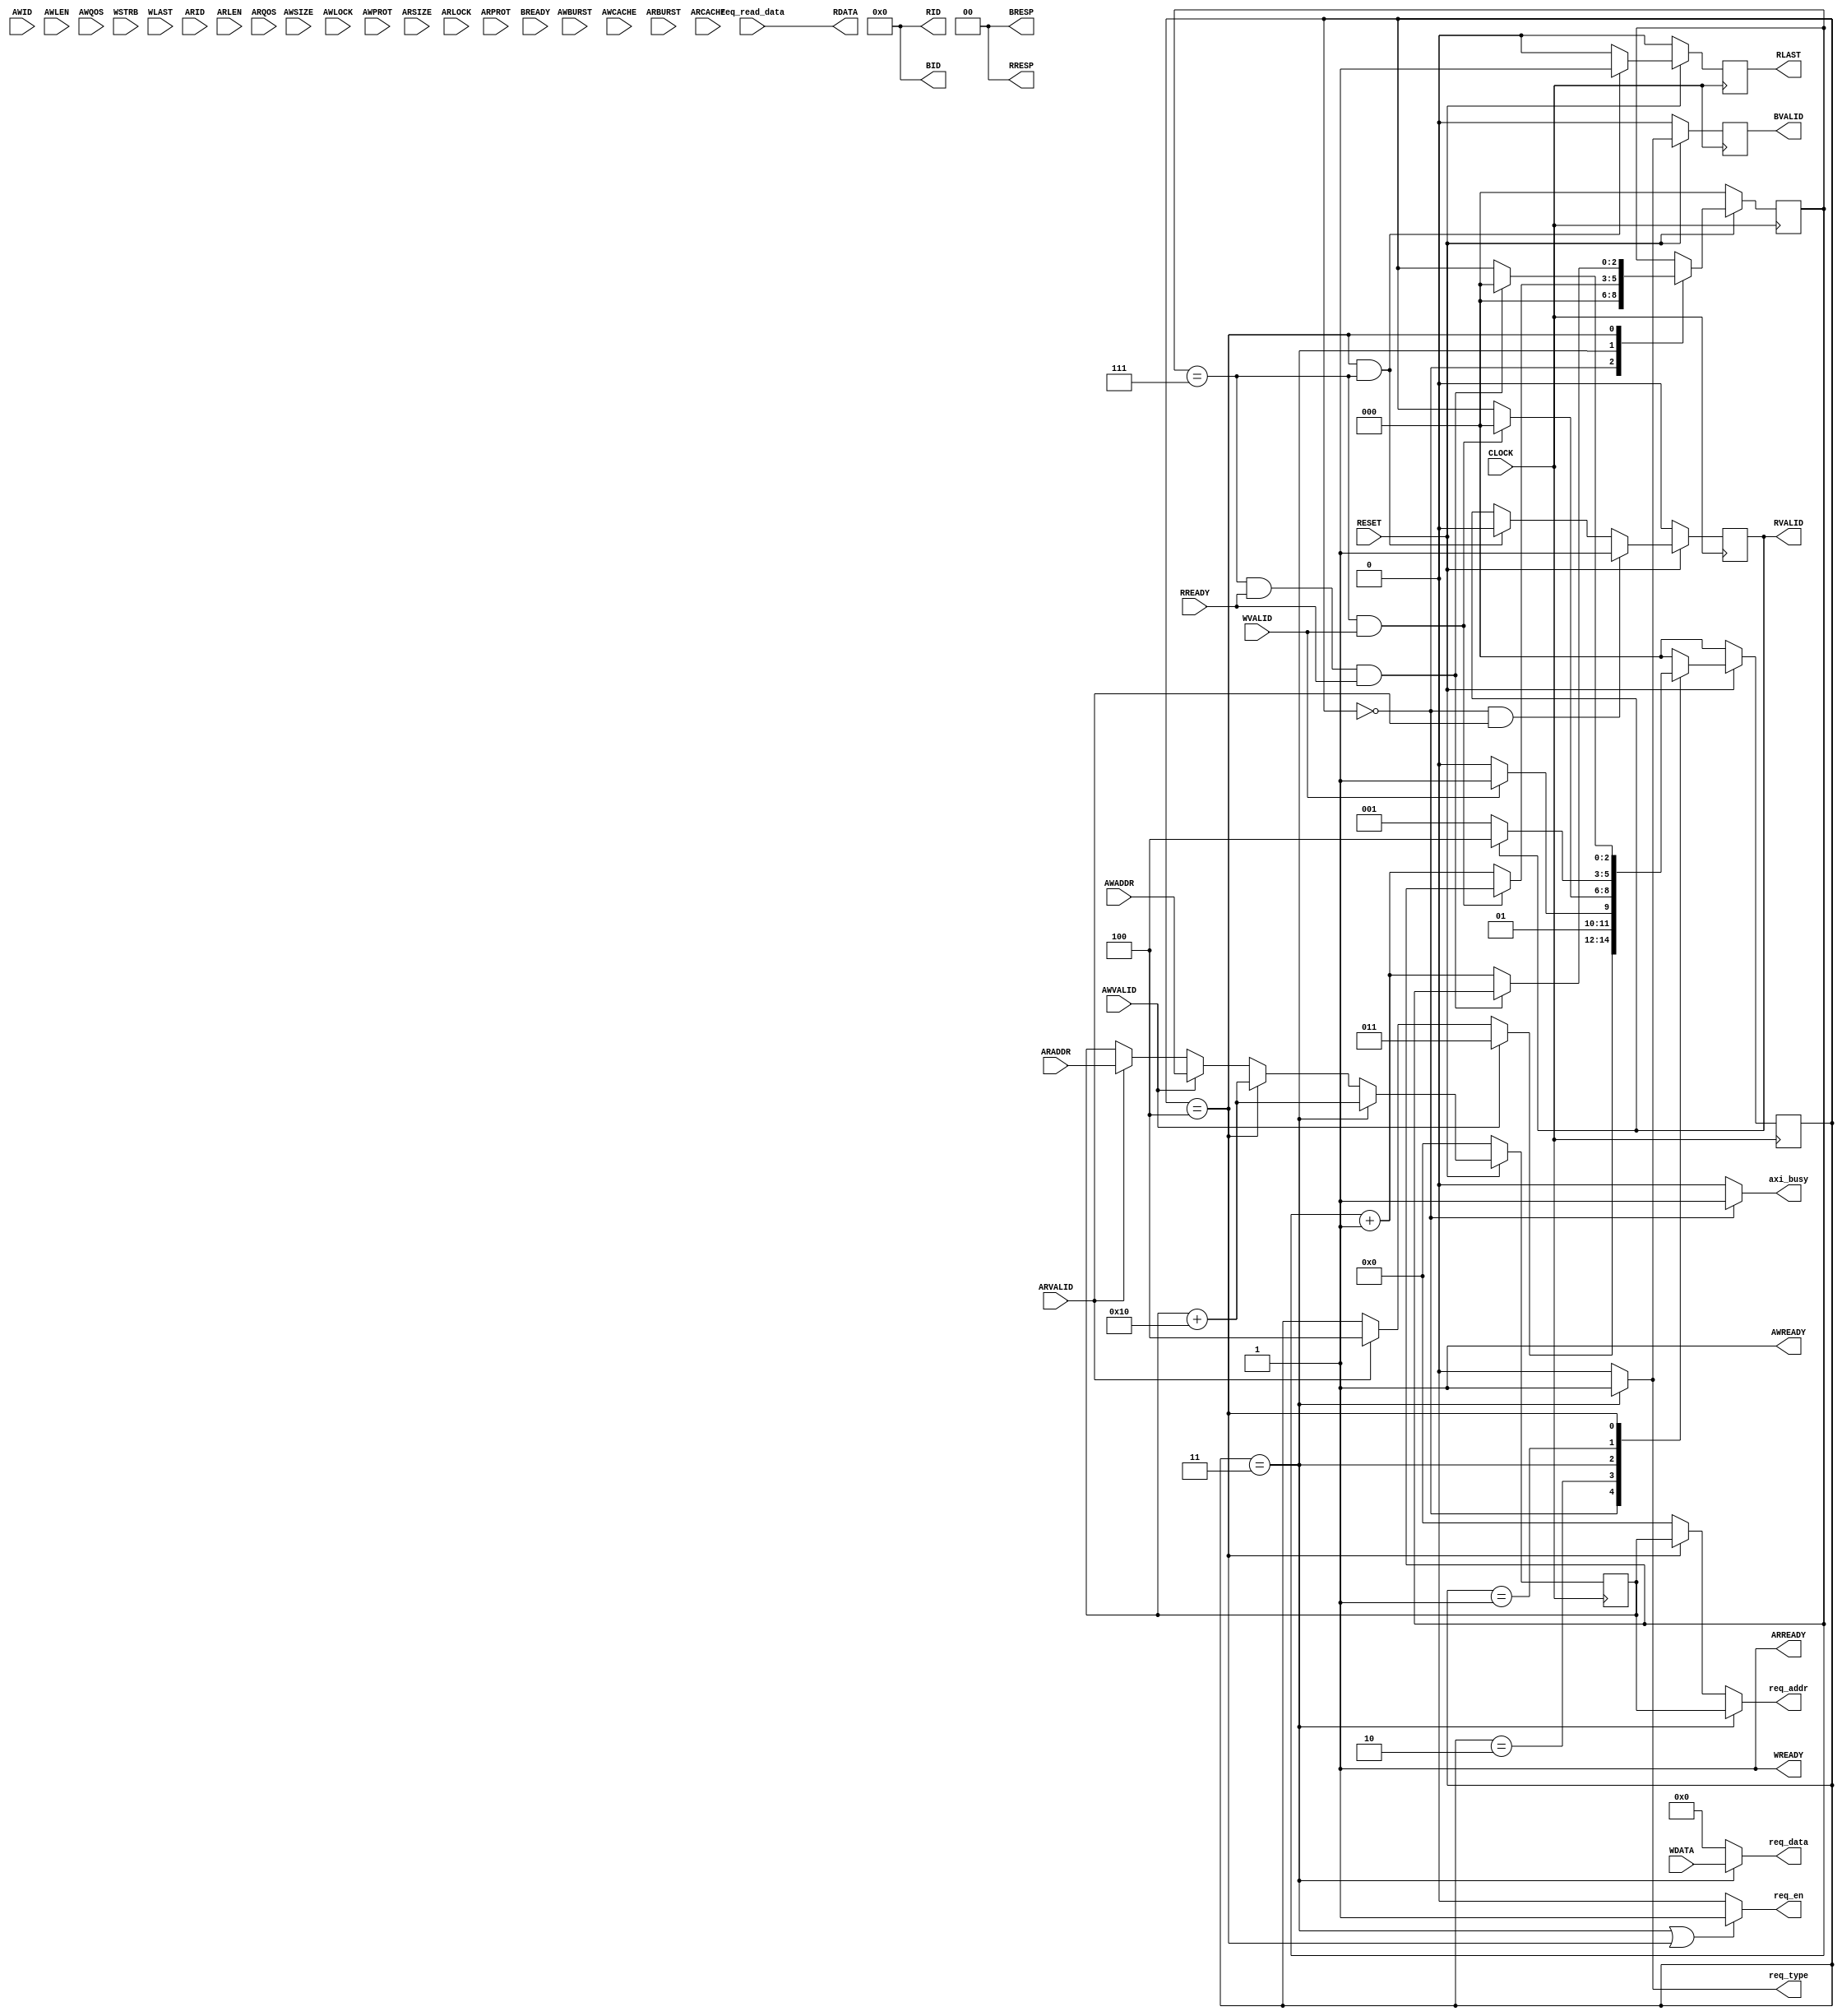
module axi4_slave #
(
    
    parameter integer P_ADDR_WIDTH   = 16,                                      //Width of Address Bus
    parameter integer P_DATA_WIDTH   = 128                                      //Width of Data Bus
)
(
    output  reg [P_ADDR_WIDTH - 1:0] req_addr,
    output  reg [P_DATA_WIDTH - 1:0] req_data,
    output  reg req_en,
    output  reg     req_type,
    output axi_busy,
    input   [P_DATA_WIDTH - 1:0]     req_read_data,

    input  wire CLOCK,                                                          //Global Clock Signal.
    input  wire RESET,                                                          //Global Reset Signal. This Signal is Active Low

    input wire [6 - 1:0] AWID,                                        //Master Interface Write Address ID
    input wire [P_ADDR_WIDTH - 1:0] AWADDR,                                    //Master Interface Write Address
    input wire [7:0] AWLEN,                                                    //Burst length. The burst length gives the exact number of transfers in a burst
    input wire [2:0] AWSIZE,                                                   //Burst size. This signal indicates the size of each transfer in the burst
    input wire [1:0] AWBURST,                                                  //Burst type. The burst type and the size information, determine how the address for each transfer within the burst is calculated.
    input wire AWLOCK,                                                         //Lock type. Provides additional information about the atomic characteristics of the transfer.
    input wire [3:0] AWCACHE,                                                  //Memory type. This signal indicates how transactions are required to progress through a system.
    input wire [2:0] AWPROT,                                                   //Protection type. This signal indicates the privilege and security level of the transaction, and whether  the transaction is a data access or an instruction access.
    input wire [3:0] AWQOS,                                                    //Quality of Service, QoS identifier sent for each write transaction.
    input wire AWVALID,                                                        //Write address valid. This signal indicates that the channel is signaling valid write address and control information.
    output  wire AWREADY,                                                        //Write address ready. This signal indicates that the slave is ready to accept an address and associated control signals
    input wire [P_DATA_WIDTH-1 : 0] WDATA,                                     //Master Interface Write Data.
    input wire [P_DATA_WIDTH/8-1 : 0] WSTRB,                                   //Write strobes. This signal indicates which byte lanes hold valid data. There is one write strobe bit for each eight bits of the write data bus.
    input wire WLAST,                                                          //Write last. This signal indicates the last transfer in a write burst.
    input wire WVALID,                                                         //Write valid. This signal indicates that valid write data and strobes are available
    output  wire WREADY,                                                         //Write ready. This signal indicates that the slave can accept the write data.

    input wire [6-1 : 0] ARID,                                        //Master Interface Read Address.
    input wire [P_ADDR_WIDTH-1 : 0] ARADDR,                                    //Read address. This signal indicates the initial address of a read burst transaction.
    input wire [7 : 0] ARLEN,                                                  //Burst length. The burst length gives the exact number of transfers in a burst
    input wire [2 : 0] ARSIZE,                                                 //Burst size. This signal indicates the size of each transfer in the burst
    input wire [1 : 0] ARBURST,                                                //Burst type. The burst type and the size information, determine how the address for each transfer within the burst is calculated.
    input wire ARLOCK,                                                         //Lock type. Provides additional information about the atomic characteristics of the transfer.
    input wire [3 : 0] ARCACHE,                                                //Memory type. This signal indicates how transactions are required to progress through a system.
    input wire [2 : 0] ARPROT,                                                 //Protection type. This signal indicates the privilege and security level of the transaction, and whether the transaction is a data access or an instruction access.
    input wire [3 : 0] ARQOS,                                                  //Quality of Service, QoS identifier sent for each read transaction
    input wire ARVALID,                                                        //Write address valid. This signal indicates that the channel is signaling valid read address and control information
    output  wire ARREADY,                                                        //Read address ready. This signal indicates that the slave is ready to accept an address and associated control signals
    output  wire [6-1 : 0] RID,                                         //Read ID tag. This signal is the identification tag for the read data group of signals generated by the slave.
    output  wire [P_DATA_WIDTH-1 : 0] RDATA,                                     //Master Read Data
    output  wire [1 : 0] RRESP,                                                  //Read response. This signal indicates the status of the read transfer
    output  wire RLAST,                                                          //Read last. This signal indicates the last transfer in a read burst
    output  wire RVALID,                                                         //Read valid. This signal indicates that the channel is signaling the required read data.
    input wire RREADY,                                                         //Read ready. This signal indicates that the master can accept the read data and response information.

    input wire BREADY,                                                         //Response ready. This signal indicates that the master can accept a write response.
    output  wire BVALID,                                                         //Write response valid. This signal indicates that the channel is signaling a valid write response.
    output  wire [1 : 0] BRESP,                                                  //Write response. This signal indicates the status of the write transaction.
    output  wire [6-1 : 0] BID                                          //Master Interface Write Response.
);

localparam integer C_MASTER_LENGTH = 12;

reg [2:0] slave_state;
localparam [2:0] IDLE = 0;
localparam [2:0] RDREQ_STATE  = 1;
localparam [2:0] WRREQ_STATE  = 2;
localparam [2:0] WRDATA_STATE = 3;
localparam [2:0] RDATA_STATE = 4;

reg [P_ADDR_WIDTH - 1:0] q_req_addr;

//AXI4 internal tmp signals
reg [6 - 1:0]   s_rid = 0;
wire [P_DATA_WIDTH - 1:0] s_rdata;
reg s_rlast;
reg s_rvalid;

reg s_bvalid;                                                         //Write response valid. This signal indicates that the channel is signaling a valid write response.
                                           //Master Interface Write Response.
reg [31:0] m_writer_counter = 0;
reg [2:0] count;
reg q_wrreq_valid;


wire s_awready;
wire s_arready;
wire s_wready;

assign AWREADY = s_awready;
assign WREADY = s_wready;
assign ARREADY = s_arready;

assign RID = 0;                                         //Read ID tag. This signal is the identification tag for the read data group of signals generated by the slave.
assign RDATA = s_rdata;                                     //Master Read Data
assign RRESP = 0;                                                  //Read response. This signal indicates the status of the read transfer
assign RLAST = s_rlast;                                                          //Read last. This signal indicates the last transfer in a read burst
assign RVALID = s_rvalid;                                                        //Read ready. This signal indicates that the master can accept the read data and response information.

assign BID = 0;
assign BRESP = 0;
assign BVALID = s_bvalid;

//Read and Read Response (R)
//assign RREADY = m_rready;

//Write Address Channel
//Write Data Generator.Data pattern is only a simple incrementing count from 0 for each burst.
//always @(posedge CLOCK) begin
//    if (RESET == 0) begin
//        s_rdata <= 0;
//    end else if (((slave_state == IDLE) & (ARVALID))|(slave_state == RDATA_STATE)) begin
//        s_rdata <= req_read_data;
//    end else  begin
//        s_rdata <= 0;
//    end
//end

assign s_rdata = req_read_data;
assign s_awready = 1'b1;
assign s_arready = 1'b1;
assign s_wready = 1'b1;

//Write Response (B) Channel

//Need this to silent VIP warning
always @(posedge CLOCK) begin
    if (RESET == 0) begin
        s_bvalid <= 0;
    end
    else if((slave_state == WRDATA_STATE))begin
        s_bvalid <= 1'b1;
    end
    else begin
        s_bvalid <= 0;
    end
end

always @(posedge CLOCK)begin
  if(!RESET)begin
    s_rvalid <= 0;
  end else begin
     if((slave_state == IDLE) & ARVALID)
       s_rvalid <= 1'b1;
     else if((slave_state == RDATA_STATE) & (count==7))
       s_rvalid <= 1'b0;
     else
       s_rvalid <= s_rvalid;
  end
end

always @(posedge CLOCK) begin
    if (RESET == 0) begin
        s_rlast <= 0;
    end
    else if((slave_state == RDATA_STATE) & (count == 7))begin
        s_rlast <= 1'b1;
    end
    else begin
        s_rlast <=1'b0;
    end
end

always@(posedge CLOCK)begin
  if(!RESET)begin
    q_req_addr <= 0;
  end else begin
     if (slave_state == WRDATA_STATE)
        q_req_addr <= q_req_addr + 16;
     else if(slave_state == RDATA_STATE)
        q_req_addr <= q_req_addr + 16;
     else if(AWVALID)
        q_req_addr <= AWADDR;
     else if(ARVALID)
        q_req_addr <= ARADDR;
    
    
  end
end

always@(posedge CLOCK)begin
  if(!RESET)begin
    q_wrreq_valid <= 1'b0;
  end
  else begin
    q_wrreq_valid <= AWVALID; 
  end
end


always@(*) begin
  if(slave_state == IDLE)begin
     if(ARVALID)begin
        req_type = 1'b0;
        req_addr = ARADDR;
        req_data = 0;
     end
     if(q_wrreq_valid)begin
        req_type = 1'b1;
        req_addr = q_req_addr;
        req_data = 0;
     end
     else begin
        req_type = 1'b0;
        req_addr = 0;
        req_data = 0;  
     end
  end
  if(slave_state == WRDATA_STATE)begin
    req_type = 1'b1;
    req_addr = q_req_addr;  
    req_data = WDATA;
  end
  else if(slave_state == RDATA_STATE)begin
    req_type = 1'b0;
    req_addr = q_req_addr;
    req_data = 0;
  end
  else begin
    req_type = 1'b0;
    req_addr = 0;
    req_data = 0;
  end        
end

always@(*)begin
  if(slave_state == WRDATA_STATE || slave_state == RDATA_STATE)
	req_en = 1'b1;
  else
        req_en = 1'b0;
end

assign axi_busy = (slave_state == IDLE)? 1'b1:1'b0;

//implement master command interface state machine
always @ (posedge CLOCK) begin
    if (RESET == 0) begin
        count <= 0;
        slave_state <= IDLE;
    end else begin
        case (slave_state)
            IDLE: begin
                if (AWVALID) begin
                    slave_state <= WRDATA_STATE;
                end
                else if(ARVALID) begin
                    slave_state <= RDATA_STATE;
                end
                count <= 0;
            end
            WRREQ_STATE: begin
                if (WVALID)
                    slave_state <= WRDATA_STATE;
                else 
                    slave_state <= WRREQ_STATE;
            end
            WRDATA_STATE: begin
                if ((count == 7) & WREADY & WVALID) begin
                    slave_state <= IDLE;
                end else begin
                    count <= count + 1;
                end 
            end
            RDREQ_STATE: begin
                if (RVALID)
                    slave_state <= RDATA_STATE;
                else 
                    slave_state <= RDREQ_STATE;
            end
            RDATA_STATE: begin
                if ((count == 7) & RREADY & RREADY) begin
                    slave_state <= IDLE;
                end else
                    count <= count + 1;
            end
            default: begin
                slave_state <= IDLE;
            end
        endcase
    end
end


endmodule